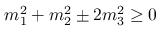
m _ { 1 } ^ { 2 } + m _ { 2 } ^ { 2 } \pm 2 m _ { 3 } ^ { 2 } \geq 0